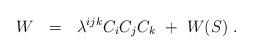
LaTeX: \begin{align*}W~~=~~\lambda^{ijk} C_i C_j C_k~+~W(S)~. \end{align*}